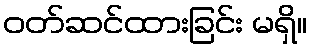
ဝတ်ဆင်ထားခြင်း မရှိ။